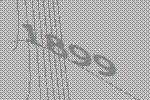
1899